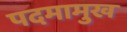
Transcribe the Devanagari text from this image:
पदमामुख